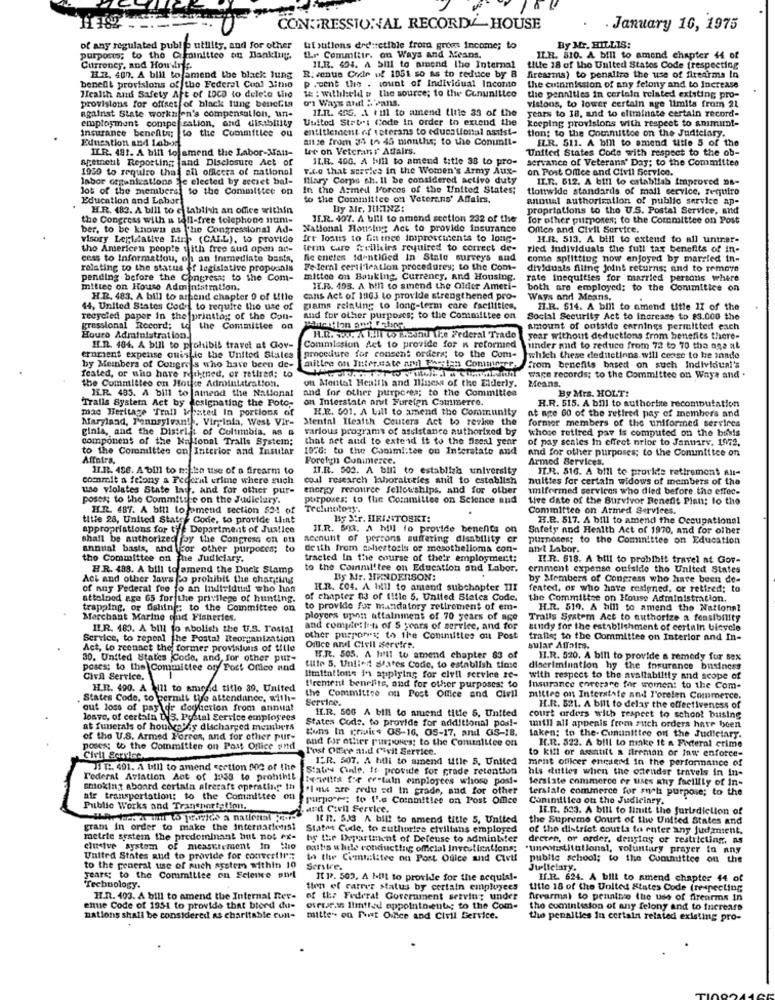
CONGRESSIONAL RECORDE HOUSE
January 16, 1975
of any regulated publ @ utility, and for other
ul sutions deductible from grows income; to
By Mr. HILLIS:
purposts; to the Caminitico an Banking.
Ur Committr. on Ways and Means.
ILE. 510. A bill to amend chapter 44 of
Curroney, and Houvr f.
11.R. 434. A bill to amend the Internal
fille 18 of the United States Code frespecting
HR. 400. A bill to amend the black lung
R:vente Cor of 1051 so as to reduce by 8
p .cent the . count of Individual Inconto
firearms) to penalize the use of firearms In
benefit provisions of the Federal Cual Jitto
the coinmission of any felony and to Increase
Health and Safety Aft of LDCD to delete the
provisions for offset of black lung beneGta
on Ways andt : vans.
te : williheld u the source; to the Cununitice
the pennities in certain related existing pro-
against State worksjen's compensallon, un-
11.1. 495. A till to amend title 33 of the
visions, to lower certain age limits from 21
years to 18, and to eliminate certain record-
United States: Code in order to extend the
employment compensation, and disability
insurance benefits; to the Commitice ou
entitlement of veterans to educational asdis !-
keeping provisions with respect to animunt-
tion: to the Committee on the Judiciary.
Education and Labor
aitse from 34 th 45 months; to the Conult-
ILR. 511. A bill to amend title 5 of the
ILR. 481. A bill to amend the Labor-Man-
te on Veterans Affairs.
United States Code with respect to the ob-
aremetil Reporting fand Disclosure Act of
JLR. 40G. A bill to amend title 38 to pro-
servance of Veterans' Day; to the Committee
1950 to require that all officers of national
Fico that servies in the Women's Army Aux-
on Post Office and Civil Service.
Inbor organizations je elected by secset bal-
Illary Corps sh. Il be considered activo duty
II.T .. 612. A bill to establish improved Da-
lot of the members to the Committee on In the Armed Forces of the United States;
tlouwide standards of mail service, fequiro
Education and Labor
to the Committee on Veterans' Affairs.
anoual authorization of public service ap-
H.R. 182. A bill to e tablish an office within
By Mir, HEINZ:
propriations to the U.S. Postal Service, and
the Congress with a toll-free telephone num-
JE.R. 407. A bill to amend section 232 of the
for other purposes; to the Committee on Post
ber, to be known as the Congressional Ad-
National Housing Act to provide insurance
Oflien and Civil Service.
visory Legislative trh (CALL), to provide
fre loans to Gin inee imprescinents to long-
H.R. 513. A bill to extend to all untrar-
tho Americen people with free sud open ad-
term care frellicirs required to correct de-
ried Individuals the full tax benefits of in-
cess to Informatiou, of an inimediato basis,
Nic eneles identified In State surveys and
como splitting now enjoyed by married in-
relating to the status of legislative proposals
Fe fernl certi leation procedurey; to the Com-
dividuals Aline Joint returns; and to remove
pending before the Congress to the Com-
mittee on Bouking, Currency, and Housing.
rate inequities for married persons where
mittee on House Administration,
IT.R. 495. A bill to amend the Older Ameri-
both are employed; to the Conimitice on
H.R. 483. A bill to aspend chapter 0 of Utle
cans Act of 1903 to provide strengthened pro-
Ways and Means.
44, United States Code to require the use of
grams relating to long-term care facilities,
HI.R. 514. A bill to amend title II of the
recycled paper in the printtag of the Con-
and for other purposes; to the Committee on
Social Security Act to increase to $3.000 the
gressional Record; to the Committee on
the Committee on
amount of outside carnings permitted each
Hours Administration.
H.R. ... A Hill o Hoond Lice Federal Trade
year without deductions from benefits there-
HI.R. 484. A bill to prohibit travel at Gov-
Commission Act to provide for n reformed
under and to reduce from 72 to 70 tha ana al
ernment expense quiskie the United States
procedure for consent orders; to the Com-
which these deductions. will cease to be innde
by Members of Congress who have been de-
mittre on Internate and Phesten Contwere.
from benefits based on such Individual's
feated, or who have reliktned, or retired; to
the Committee on Hotje Administration.
Wage records; to the Committee on Ways and .
Means.
H.R. 485. A bill to amend the National
and for other purposes; to the Committee
ont Mental Health and Iliness of the Elderly.
By Mrs. HOLT!
Trails System Act by designating the Poto-
on Interstate art Foreign Commerre.
R.R. 515. A bill to authorize recomputation
mac Heritage Tranl Wested In portions of
H.E. 001. A Lall to amend the Community
Maryland, Pennsylvan! . Virginia, West Vir- Mental Health Couters Act to revise the
former members of the uniformed services
at age 60 of the retired pay of members and
ginia, and the District of Coltimbia, AS &
various programs of assistance authorized by
whose retired pay is computed on the busis
component of the Nallonal Tralls System;
that net and to extend it to the fiscal year
of pay senies In effect prior to Jantarv. 1972.
to the Committee on Interior and Insular
1976: to the Conimi:tee on Interstate and
and for other purposes; to the Committee on
Affaira.
Foreign Conimerce.
Armed Services.
HI.12. 456. A bill to metta tise of a firearm to
II.R. 503. A bill to establish university
II.R. 516. A bill to provide retirement All-
commit a felony a Federal crime where such
col research laboratories anil to establish
nulttes for certain widows of members of the
uso violates State lag, and for other pur-
energy resource fellowships, and for olber
ulformed services who died before the effec-
poses; to the Committee on the Judiciary.
purposes: to the Committee on Science and
tive date of the Survivor Benefit Plant: to the
HR. 487. A bill to omend section 524 of
Trelinotory.
Committee on Armed Services.
title 28, United State- Code, to provide Liint
By Str. HRINTOSKI:
H.R. 517. A bill to amend the Occupational
appropriations for the Department of Justice
IL.R. 543. A MIl fo provide benefits on
Safety and Health Act of 1970, and for other
shall be authorized by the Congress on on
account of persons suffering disability or
purposes; to the Committee on Education
annual basis, and For other purposes; to
de ith from ashestosly of mesothelioma con-
and Labor.
the Committee on the Judiciary.
tracted In the course of their employment:
HI.R. 618. A bill to probibit travel at Gor-
H.R. 488. A bill to amend the Duck Slamp
to the Coinmil'tee on Education and
abor.
ernment expense oufsido the United States
Act and other laws plo prohibit the charging
By Mr. HENDERSON:
by Members of Congress who have been de-
of nuy Federal fee to an Individtial who han
H.R. (04. A llll to amend subchapter II
fented, or who have resigned, or retired; to
attelnod age 65 for the privilege of hunting.
of chapter ns of titic 5. United States Code.
the Committee on House Administration.
trapping, or fishing: to the Committee on
to provide for mandatory retirement of em-
H.R. 510. A bill to amend the National
Merchant Marine ond Fisheries.
ployces upon attainment of 70 years of age
Trails System Act to authorize a feasibility
IER. 483. A bill to abolish the U.S. Postal
and compiesteti of S years of service, and for
study for the establishment of certain bicycle
Service, to repeal the Postal Reorganization
other purrory to the Coninuttes out Post
trafis; to the Committee on Interior and In-
Act, to reenact the former provisions of tille
Office arzt Civil service.
sular Affairs.
30, United States Code, and, for other pur-
B.R. 505. A Halt to amend chapter 83 of
HI.R. 520. A bill to provide a remedy for sex
poses; to the Committee ory Post Office and
fille 5. Unlien dates Code, to establish tiase
discrimination hy the insurance business
Civil Service.
limitations in applying for civil service Ic-
with respect to the availability and scope of
H.R. 490. A \111 to amrad title 39, United
trement benefits, and for other purposes: to
Insurance enrerare for women: to the Com-
. States Code, to permit tye attendance, with-
the Committee on Post Office and Civil
Service.
mittee on Interstate and l'orelen Commerce.
out loss of pay dr decesion from annual
ILR. 500 A bill to amend title 5, United
H.R. 521. A bill to delay the effectiveness of
losve, of certain L'S. Postal Service employees
court orders with respect to school busing
at funerals of housen'y discharged members
States Code. to provide for additional pos !-
tuns In griics GS-16, OS-17, and GIS-18.
till all appenis from such orders have been
laken: to the- Cununittee on the Judiciary.
of the U.S. Armed Forros, and for other pur-
and for other pingsuses; to the ComuniLice on
poses: to the Committee on Post Office and
Post Offre and Civil Service.
to kill or assatilt a fireman or law enforce-
H.R. 522. A bill to make it a Federal crime
Civil Service.
ISR. 507. A hili to sanend title 5, United
ment officer engaged in the performance of
JIT2. 401. A bill to amend section MOC of the
States Cine. It provide for grade retention
his duties when the osender travels in in-
Federal Aviation Act of 1:153 to probsthit
Bereitts for certain employees whose post-
terslate commerce er uses why facility of in-
smoking aboard certain alecraft operating In
"Ima are redu sd In grade, and for other
terslale commerce for must purpose; to the
air transportation: to the Committee on
purposes: to l'e Committee on Post Office
Conimilico out the Judiciary.
Public Works and Transportation.
.and Civil Service.
IE.R. 503. A bill to limitt the jurisdiction of
It n. 513 A bill to amend title 5, United
the Supreme Court of the United States and
gram In order to make the internationist
States Cule, to authorize civilians employed
of the district courts to enter any judansent.
metrie system the predominant but not ex-
br the Department of Defense to administer
deeten, or order, denying or restricting, ns
clusive system of measurement In the
caltis while conducting official Inveutinations;
"unconstitutional, voluntary prayer to any
United States and to provide for convertir ::
In the Committee ou Post Office and Civil
public school; to the Committee on the
to the general use of such asstem within 10
Servire.
Julielary.
years; to the Committee on Science par
It 12. 509. A built to provide for the acquis !-
If.R. 624. A bill to amend chapter 44 of
Technology.
tion of carrer status by certain employees
titte 18 of the United States Code (respecting
II.n. 403. A bill to amend the Internal Rer-
of the Federal Government serving under
Nrvarmal to pennthe the use of frenrma in
enue Code of 1951 to provide that bterd du-
overseas Ilifitted appointments; to the Com-
the comintision of any felony and to increase
nations shall be considered as charitable cunl-
mitte" on Peut Office and Civil Service.
the penalties in certain related existing pro-